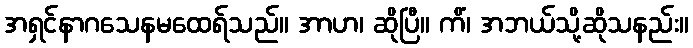
အရှင်နာဂသေနမထေရ်သည်။ အာဟ၊ ဆိုပြီ။ ကိံ၊ အဘယ်သို့ဆိုသနည်း။